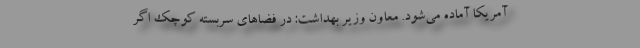
آمریکا آماده می‌شود. معاون وزیر بهداشت: در فضاهای سربسته کوچک اگر